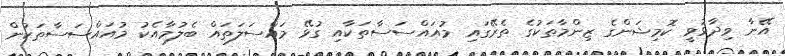
އޭނާ ވިދާޅުވީ ކޮމިޝަންގެ ޒިންމާތަކުގެ ތެރޭގައި މުއައްސަސާތަކާއި ގުޅޭ މައްސަލަތައް ބެލުމާއެކު މުއައްސަސާތަކުން